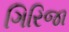
ગિરિજા